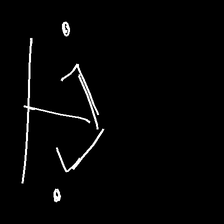
Glyph: earth